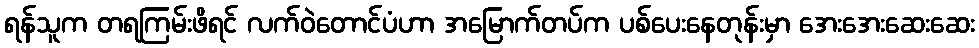
ရန်သူက တရကြမ်းဖိရင် လက်ဝဲတောင်ပံဟာ အမြောက်တပ်က ပစ်ပေးနေတုန်းမှာ အေးအေးဆေးဆေး